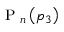
\textrm { P } _ { n } \left( p _ { 3 } \right)